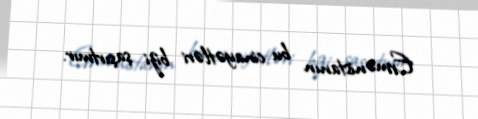
Ermənistanın bu cinayətləri bizi şaşırtmır.